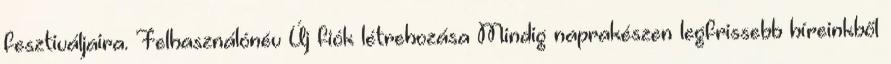
fesztiváljaira. Felhasználónév Új fiók létrehozása Mindig naprakészen legfrissebb híreinkből